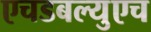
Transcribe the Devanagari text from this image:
एचडबल्युएच